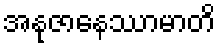
အနုဇာနေဿာမာတိ